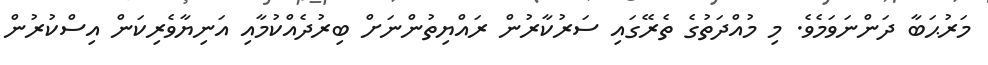
މަރުޙަބާ ދަންނަވަމެވެ. މި މުއްދަތުގެ ތެރޭގައި ސަރުކާރުން ރައްޔިތުންނަށް ބިރުދެއްކުމާއި އަނިޔާވެރިކަން އިސްކުރުން